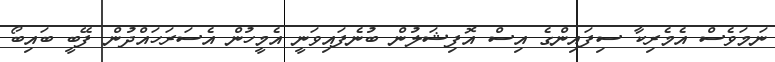
ނަމަވެސް އެމެރިކާ ސިފައިންގެ އިސް އޮފިޝަލުން ބުނެފައިވަނީ އެމީހުން އެސަރަހައްދުން ފޭބީ ބައިބޯ